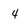
Character: 4